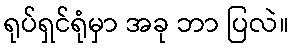
ရုပ်ရှင်ရုံမှာ အခု ဘာ ပြလဲ။